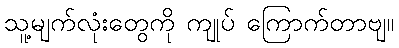
သူ့မျက်လုံးတွေကို ကျုပ် ကြောက်တာဗျ။